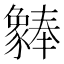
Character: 𬥆